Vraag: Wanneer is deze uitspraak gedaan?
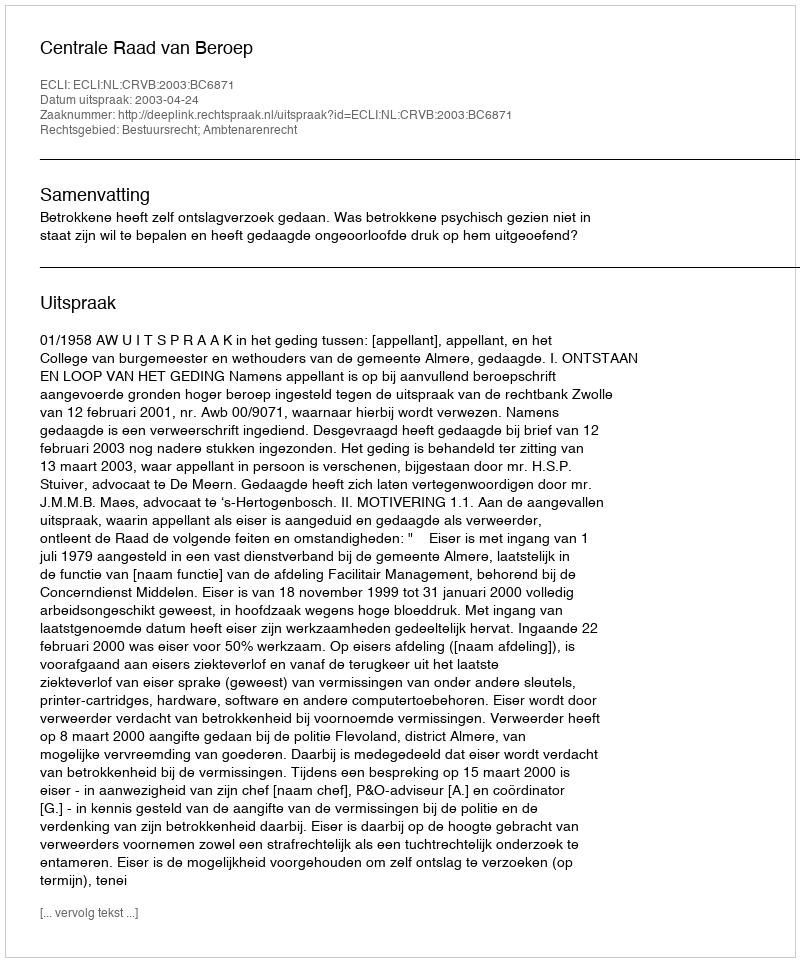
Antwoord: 2003-04-24